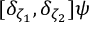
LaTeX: [ \delta _ { \zeta _ { 1 } } , \delta _ { \zeta _ { 2 } } ] \psi